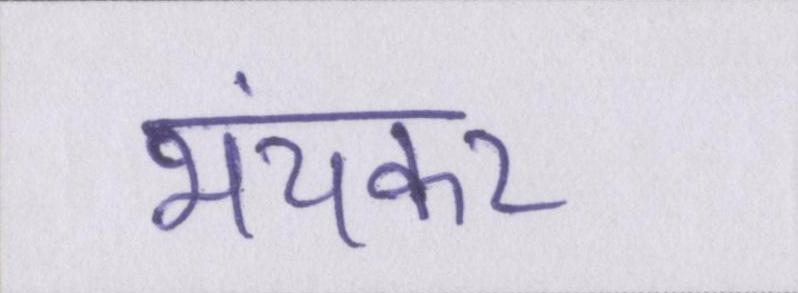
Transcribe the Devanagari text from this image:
भयंकर